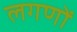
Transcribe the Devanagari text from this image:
लगणों